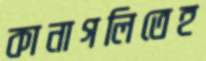
কানাগলিতেহ